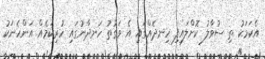
އެކަމަކު ތި ސުވާލު ކޮށްލައިފި ހިނދެއްގައި އެ ވަގުތު ހަނދާނުގައި ހުރިކަމެއް އަންހެނަކު